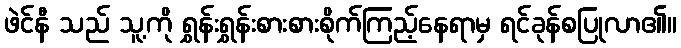
ဖဲင်နီ သည် သူ့ကို ရွှန်းရွှန်းစားစားစိုက်ကြည့်နေရာမှ ရင်ခုန်စပြုလာ၏။